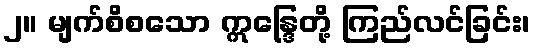
၂။ မျက်စိစသော ဣန္ဒြေတို့ ကြည်လင်ခြင်း၊